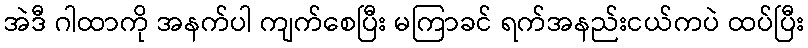
အဲဒီ ဂါထာကို အနက်ပါ ကျက်စေပြီး မကြာခင် ရက်အနည်းငယ်ကပဲ ထပ်ပြီး